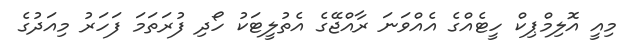
މިއީ އޮލިމްޕިކް ހީޓެއްގެ އެއްވަނަ ރާއްޖޭގެ އެތުލީޓަކު ހޯދި ފުރަތަމަ ފަހަރު މިއަދުގެ